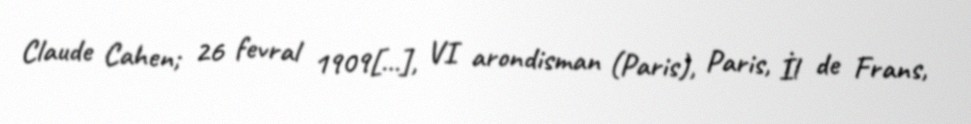
Claude Cahen; 26 fevral 1909[…], VI arondisman (Paris), Paris, İl de Frans,